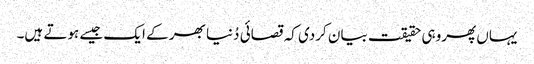
یہاں پھروہی حقیقت بیان کردی کہ قصائی دُنیا بھر کے ایک جیسے ہوتے ہیں۔